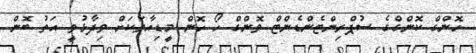
ހޮންގް ކޮންގްގެ ސުޕްރިންޓެންޑެންޓް ވޮންގް ހޯ ހޮން މީޑިއާތަކަށް ވިދާޅުވީ އަތު ބޮން